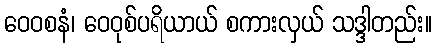
ဝေဝစနံ၊ ဝေဝုစ်ပရိယာယ် စကားလှယ် သဒ္ဒါတည်း။